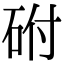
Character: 䂤